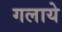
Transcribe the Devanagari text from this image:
गलाये